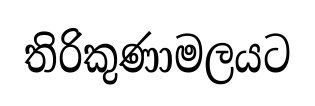
තිරිකුණාමලයට